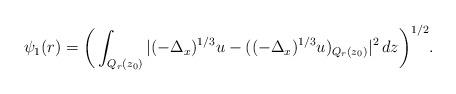
LaTeX: \begin{align*} \psi_1 (r) = \bigg(\int_{Q_r (z_0)} |(-\Delta_x)^{1/3} u - ((-\Delta_x)^{1/3} u)_{ Q_r (z_0) }|^2 \, dz\bigg)^{1/2}. \end{align*}